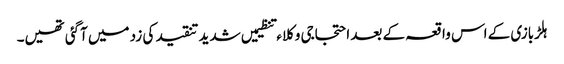
ہلڑبازی کے اس واقعہ کے بعد احتجاجی وکلاء تنظیمیں شدید تنقید کی زد میں آگئی تھیں۔